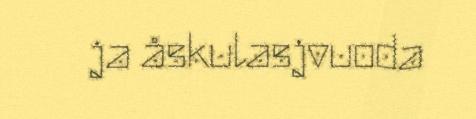
ja åskulasjvuoda